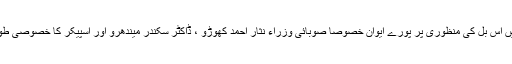
نند کمار نے کہا کہ میں اس بل کی منظوری پر پورے ایوان خصوصاً صوبائی وزراء نثار احمد کھوڑو ، ڈاکٹر سکندر میندھرو اور اسپیکر کا خصوصی طور پر شکر گزار ہوں ۔